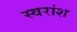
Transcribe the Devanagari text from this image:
स्वरांश